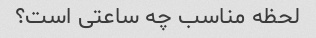
لحظه مناسب چه ساعتی است؟